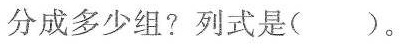
分成多少组?列式是()。